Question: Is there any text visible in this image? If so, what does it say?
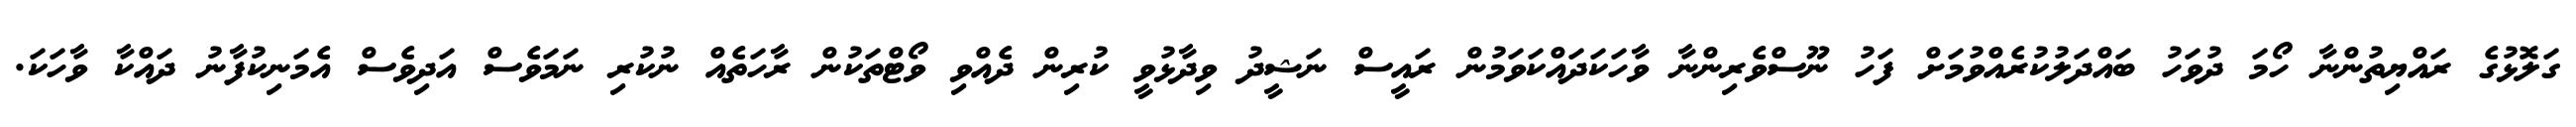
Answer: ގަލޮޅުގެ ރައްޔިތުންނާ ހޯމަ ދުވަހު ބައްދަލުކުރެއްވުމަށް ފަހު ނޫސްވެރިންނާ ވާހަކަދައްކަވަމުން ރައީސް ނަޝީދު ވިދާޅުވީ ކުރިން ދެއްވި ވޯޓްތަކުން ރާހަތެއް ނުކުރި ނަމަވެސް އަދިވެސް އެމަނިކުފާނު ދައްކާ ވާހަކަ.